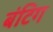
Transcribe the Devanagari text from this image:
बंटिग